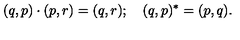
( q , p ) \cdot ( p , r ) = ( q , r ) ; \quad ( q , p ) ^ { * } = ( p , q ) .